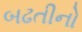
બઢતીનો